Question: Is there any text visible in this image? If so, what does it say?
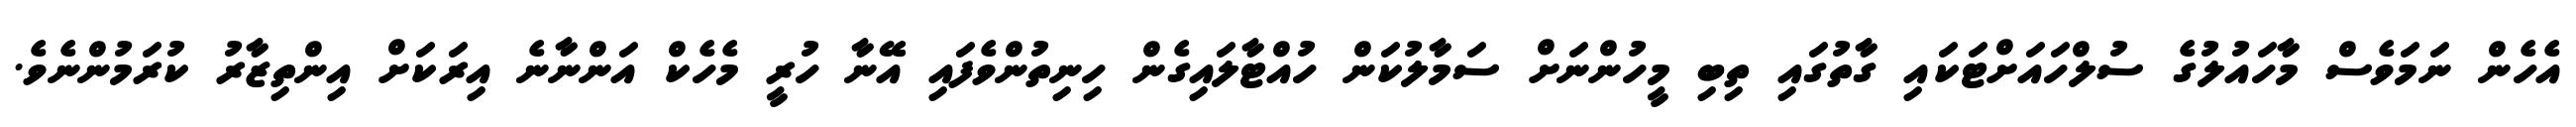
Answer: އެހެން ނަމަވެސް މާހައުލުގެ ސުލްހައަށްޓަކައި ގާތުގައި ތިބި މީހުންނަށް ސަމާލުކަން ހުއްޓާލައިގެން ހިނިތުންވެފައި އޭނާ ހުރީ މެހެކް އަންނާނެ އިރަކަށް އިންތިޒާރު ކުރަމުންނެވެ.